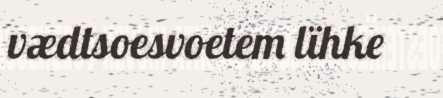
vædtsoesvoetem lïhke